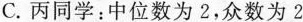
C.丙同学：中位数为2，众数为2